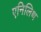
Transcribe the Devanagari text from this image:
एनिलिथ